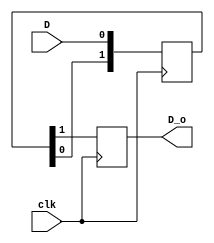
`timescale 1ns / 1ps
//////////////////////////////////////////////////////////////////////////////////
// Company: 
// Engineer: 
// 
// Design Name: 
// Module Name:    D_signal_delay 
// Project Name: 
// Target Devices: 
// Tool versions: 
// Description: 
//
// Dependencies: 
//
// Revision: 
// Revision 0.01 - File Created
// Additional Comments: 
//
//////////////////////////////////////////////////////////////////////////////////
module D_signal_delay(clk,D,D_o);
input clk;
input wire D;
output reg D_o;

reg[1:0] bits;

always @ (posedge clk)
	begin
    D_o <= bits[1];
    bits <= {bits[0], D};
	end

endmodule